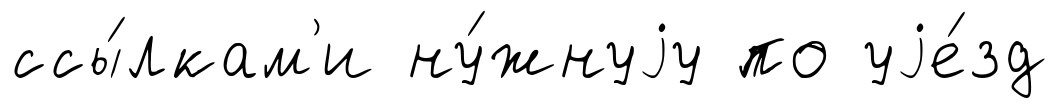
ссы́лкам'и ну́жнуjу по уjе́зд